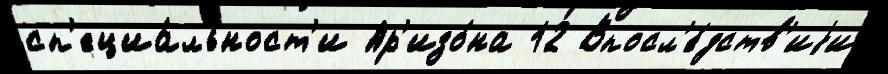
сп'ециа́льност'и Ар'изо́на 12 Впосл'е́дств'иjи